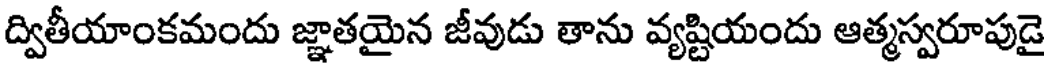
ద్వితీయాంకమందు జ్ఞాతయైన జీవుడు తాను వ్యష్టియందు ఆత్మస్వరూపుడై